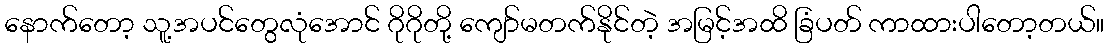
နောက်တော့ သူ့အပင်တွေလုံအောင် ဂိုဂိုတို့ ကျော်မတက်နိုင်တဲ့ အမြင့်အထိ ခြံပတ် ကာထားပါတော့တယ်။